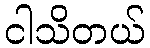
ငါသိတယ်